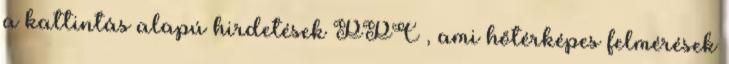
a kattintás alapú hirdetések PPC , ami hőtérképes felmérések